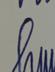
Signature authenticity: genuine